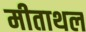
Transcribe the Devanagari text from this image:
मीताथल